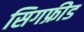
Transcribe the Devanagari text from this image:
सिगफ्रीड